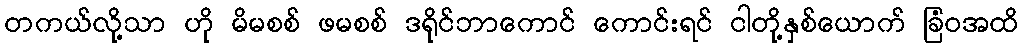
တကယ်လို့သာ ဟို မိမစစ် ဖမစစ် ဒရိုင်ဘာကောင် ကောင်းရင် ငါတို့နှစ်ယောက် ခြံဝအထိ